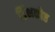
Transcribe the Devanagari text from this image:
डिंभकोष्ठ